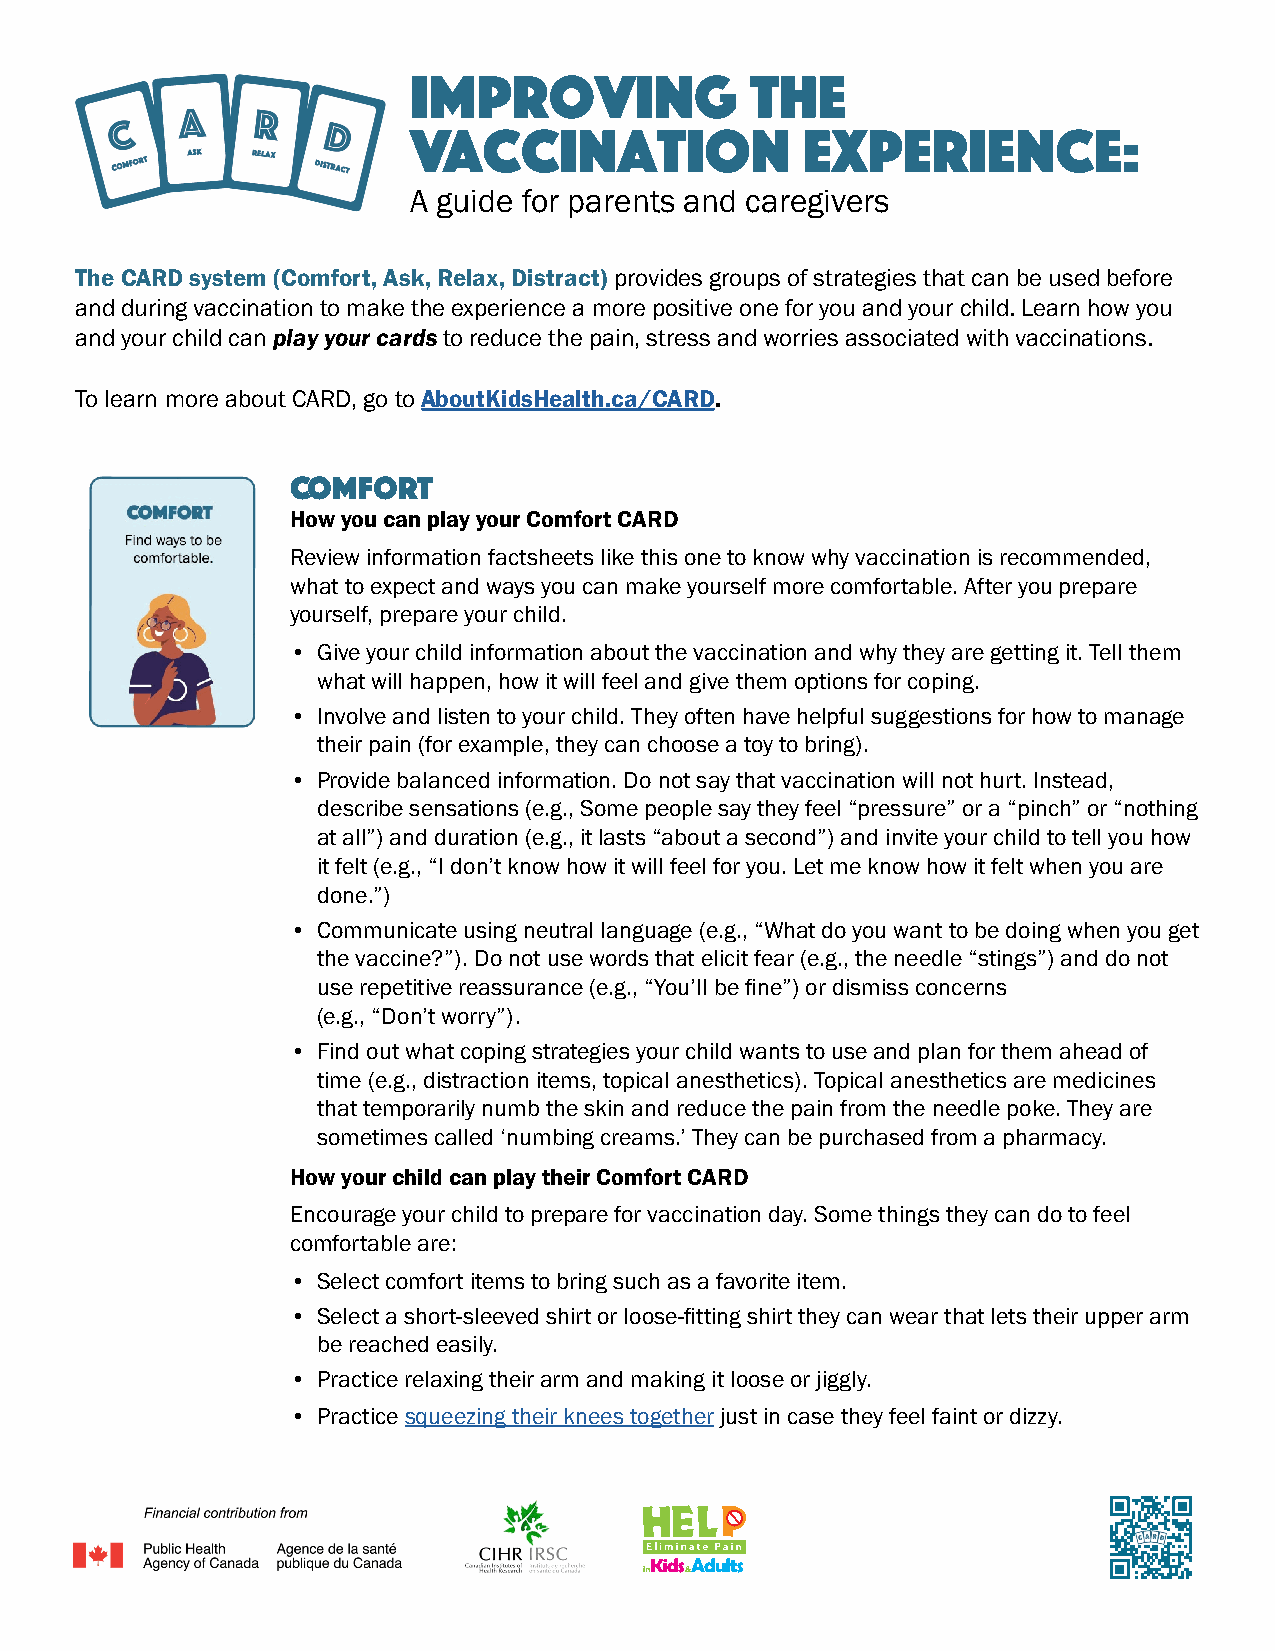
Improving              the
 vaccination               experience:
 A guide for parents and caregivers
 The CARD system (Comfort, Ask, Relax, Distract) provides groups of strategies that can be used before
 and during vaccination to make the experience a more positive one for you and your child. Learn how you
 and your child can play your cards to reduce the pain, stress and worries associated with vaccinations.
 To learn more about CARD, go to AboutKidsHealth.ca/CARD.
 COMFORT
 How you can play your Comfort CARD
 Review information factsheets like this one to know why vaccination is recommended,
 what to expect and ways you can make yourself more comfortable. After you prepare
 yourself, prepare your child.
 • Give your child information about the vaccination and why they are getting it. Tell them
 what will happen, how it will feel and give them options for coping.
 • Involve and listen to your child. They often have helpful suggestions for how to manage
 their pain (for example, they can choose a toy to bring).
 • Provide balanced information. Do not say that vaccination will not hurt. Instead,
 describe sensations (e.g., Some people say they feel “pressure” or a “pinch” or “nothing
 at all”) and duration (e.g., it lasts “about a second”) and invite your child to tell you how
 it felt (e.g., “I don’t know how it will feel for you. Let me know how it felt when you are
 done.”)
 • Communicate using neutral language (e.g., “What do you want to be doing when you get
 the vaccine?”). Do not use words that elicit fear (e.g., the needle “stings”) and do not
 use repetitive reassurance (e.g., “You’ll be fine”) or dismiss concerns
 (e.g., “Don’t worry”).
 • Find out what coping strategies your child wants to use and plan for them ahead of
 time (e.g., distraction items, topical anesthetics). Topical anesthetics are medicines
 that temporarily numb the skin and reduce the pain from the needle poke. They are
 sometimes called ‘numbing creams.’ They can be purchased from a pharmacy.
 How your child can play their Comfort CARD
 Encourage your child to prepare for vaccination day. Some things they can do to feel
 comfortable are:
 • Select comfort items to bring such as a favorite item.
 • Select a short-sleeved shirt or loose-fitting shirt they can wear that lets their upper arm
 be reached easily.
 • Practice relaxing their arm and making it loose or jiggly.
 • Practice squeezing their knees together just in case they feel faint or dizzy.